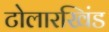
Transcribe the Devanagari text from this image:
टोलारखिंड